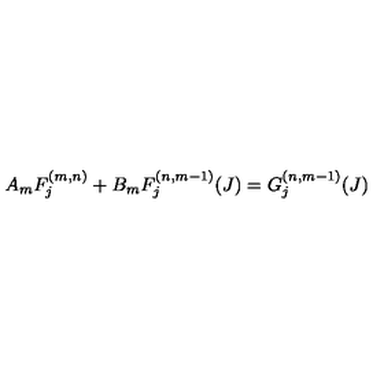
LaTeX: A _ { m } F _ { j } ^ { ( m , n ) } + B _ { m } F _ { j } ^ { ( n , m - 1 ) } ( J ) = G _ { j } ^ { ( n , m - 1 ) } ( J )